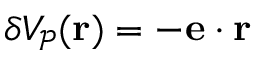
\delta V _ { \mathcal P } ( \mathbf r ) = - { \bf e } \cdot \mathbf r